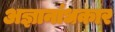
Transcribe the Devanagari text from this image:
अज्ञानांधकार